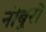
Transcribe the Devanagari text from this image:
नोबुरो